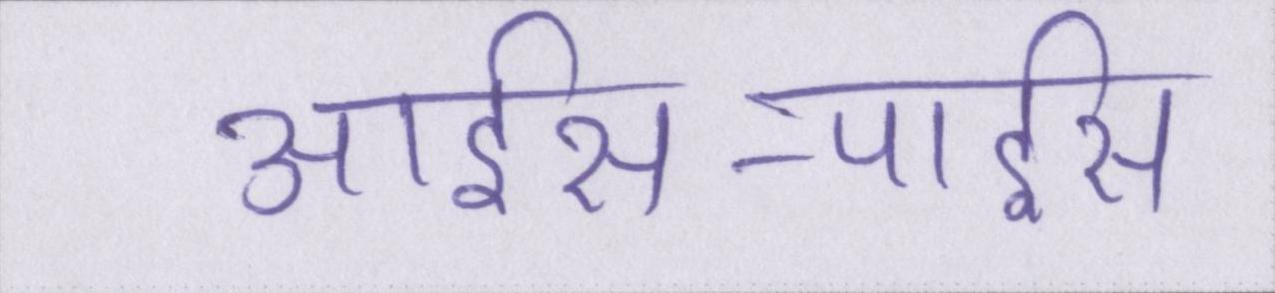
आईस-पाईस